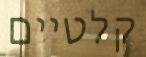
קלטיים